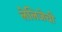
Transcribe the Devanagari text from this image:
लेलिजेची